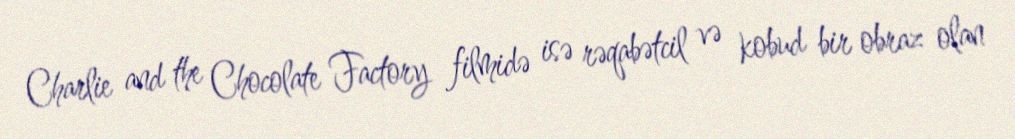
Charlie and the Chocolate Factory filmidə isə rəqabətcil və kobud bir obraz olan